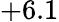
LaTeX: +6.1